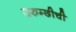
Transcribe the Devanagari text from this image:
उरुम्छीची